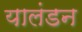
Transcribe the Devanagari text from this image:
यालंडन